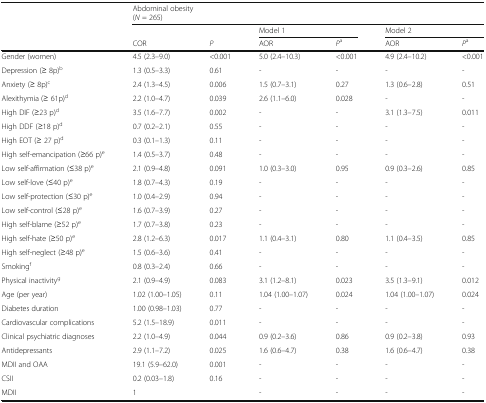
<table><thead><tr><td></td><td colspan="6"><b>Abdominal obesity(<i>N</i> = 265)</b></td></tr><tr><td></td><td></td><td></td><td colspan="2"><b>Model 1</b></td><td colspan="2"><b>Model 2</b></td></tr><tr><td></td><td><b>COR</b></td><td><b><i>P</i></b></td><td><b>AOR</b></td><td><b><i>P</i><sup>a</sup></b></td><td><b>AOR</b></td><td><b><i>P</i><sup>a</sup></b></td></tr></thead><tbody><tr><td>Gender (women)</td><td>4.5 (2.3–9.0)</td><td>&lt;0.001</td><td>5.0 (2.4–10.3)</td><td>&lt;0.001</td><td>4.9 (2.4–10.2)</td><td>&lt;0.001</td></tr><tr><td>Depression (≥ 8p)<sup>b</sup></td><td>1.3 (0.5–3.3)</td><td>0.61</td><td>-</td><td>-</td><td>-</td><td>-</td></tr><tr><td>Anxiety (≥ 8p)<sup>c</sup></td><td>2.4 (1.3–4.5)</td><td>0.006</td><td>1.5 (0.7–3.1)</td><td>0.27</td><td>1.3 (0.6–2.8)</td><td>0.51</td></tr><tr><td>Alexithymia (≥ 61p)<sup>d</sup></td><td>2.2 (1.0–4.7)</td><td>0.039</td><td>2.6 (1.1–6.0)</td><td>0.028</td><td>-</td><td>-</td></tr><tr><td>High DIF (≥23 p)<sup>d</sup></td><td>3.5 (1.6–7.7)</td><td>0.002</td><td>-</td><td>-</td><td>3.1 (1.3–7.5)</td><td>0.011</td></tr><tr><td>High DDF (≥18 p)<sup>d</sup></td><td>0.7 (0.2–2.1)</td><td>0.55</td><td>-</td><td>-</td><td>-</td><td>-</td></tr><tr><td>High EOT (≥ 27 p)<sup>d</sup></td><td>0.3 (0.1–1.3)</td><td>0.11</td><td>-</td><td>-</td><td>-</td><td>-</td></tr><tr><td>High self-emancipation (≥66 p)<sup>e</sup></td><td>1.4 (0.5–3.7)</td><td>0.48</td><td>-</td><td>-</td><td>-</td><td>-</td></tr><tr><td>Low self-affirmation (≤38 p)<sup>e</sup></td><td>2.1 (0.9–4.8)</td><td>0.091</td><td>1.0 (0.3–3.0)</td><td>0.95</td><td>0.9 (0.3–2.6)</td><td>0.85</td></tr><tr><td>Low self-love (≤40 p)<sup>e</sup></td><td>1.8 (0.7–4.3)</td><td>0.19</td><td>-</td><td>-</td><td>-</td><td>-</td></tr><tr><td>Low self-protection (≤30 p)<sup>e</sup></td><td>1.0 (0.4–2.9)</td><td>0.94</td><td>-</td><td>-</td><td>-</td><td>-</td></tr><tr><td>Low self-control (≤28 p)<sup>e</sup></td><td>1.6 (0.7–3.9)</td><td>0.27</td><td>-</td><td>-</td><td>-</td><td>-</td></tr><tr><td>High self-blame (≥52 p)<sup>e</sup></td><td>1.7 (0.7–3.8)</td><td>0.23</td><td>-</td><td>-</td><td>-</td><td>-</td></tr><tr><td>High self-hate (≥50 p)<sup>e</sup></td><td>2.8 (1.2–6.3)</td><td>0.017</td><td>1.1 (0.4–3.1)</td><td>0.80</td><td>1.1 (0.4–3.5)</td><td>0.85</td></tr><tr><td>High self-neglect (≥48 p)<sup>e</sup></td><td>1.5 (0.6–3.6)</td><td>0.41</td><td>-</td><td>-</td><td>-</td><td>-</td></tr><tr><td>Smoking<sup>f</sup></td><td>0.8 (0.3–2.4)</td><td>0.66</td><td>-</td><td>-</td><td>-</td><td>-</td></tr><tr><td>Physical inactivity<sup>g</sup></td><td>2.1 (0.9–4.9)</td><td>0.083</td><td>3.1 (1.2–8.1)</td><td>0.023</td><td>3.5 (1.3–9.1)</td><td>0.012</td></tr><tr><td>Age (per year)</td><td>1.02 (1.00–1.05)</td><td>0.11</td><td>1.04 (1.00–1.07)</td><td>0.024</td><td>1.04 (1.00–1.07)</td><td>0.024</td></tr><tr><td>Diabetes duration</td><td>1.00 (0.98–1.03)</td><td>0.77</td><td>-</td><td>-</td><td>-</td><td>-</td></tr><tr><td>Cardiovascular complications</td><td>5.2 (1.5–18.9)</td><td>0.011</td><td>-</td><td>-</td><td>-</td><td>-</td></tr><tr><td>Clinical psychiatric diagnoses</td><td>2.2 (1.0–4.9)</td><td>0.044</td><td>0.9 (0.2–3.6)</td><td>0.86</td><td>0.9 (0.2–3.8)</td><td>0.93</td></tr><tr><td>Antidepressants</td><td>2.9 (1.1–7.2)</td><td>0.025</td><td>1.6 (0.6–4.7)</td><td>0.38</td><td>1.6 (0.6–4.7)</td><td>0.38</td></tr><tr><td>MDII and OAA</td><td>19.1 (5.9–62.0)</td><td>0.001</td><td>-</td><td>-</td><td>-</td><td>-</td></tr><tr><td>CSII</td><td>0.2 (0.03–1.8)</td><td>0.16</td><td>-</td><td>-</td><td>-</td><td>-</td></tr><tr><td>MDII</td><td>1</td><td></td><td>-</td><td>-</td><td>-</td><td>-</td></tr></tbody></table>